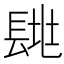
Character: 𨱶